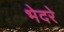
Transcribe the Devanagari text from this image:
भेदरे